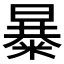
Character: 𱹖